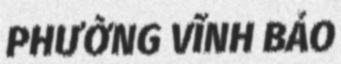
PHƯỜNG VĨNH BẢO